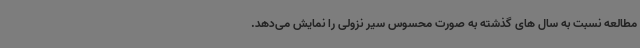
مطالعه نسبت به سال ‌های گذشته به صورت محسوس سیر نزولی را نمایش می‌دهد.